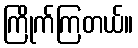
ကြိုက်ကြတယ်။